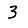
Digit: 3